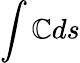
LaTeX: \int\mathbb{C}ds